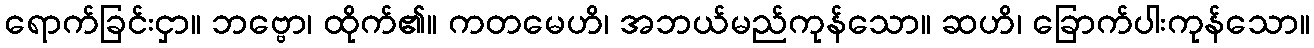
ရောက်ခြင်းငှာ။ ဘဗ္ဗော၊ ထိုက်၏။ ကတမေဟိ၊ အဘယ်မည်ကုန်သော။ ဆဟိ၊ ခြောက်ပါးကုန်သော။